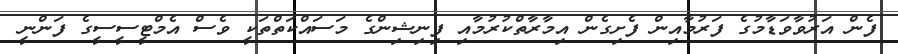
ފެން އަރުވާވަޑާމުގެ ފަރުމާއިން ފެށިގެން އިމާރާތްކުރުމާއި ފިނިޝިންގެ މަސައްކަތްތަކީ ވެސް އެމްޓީސީސީގެ ފަންނީ